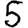
Digit: 5